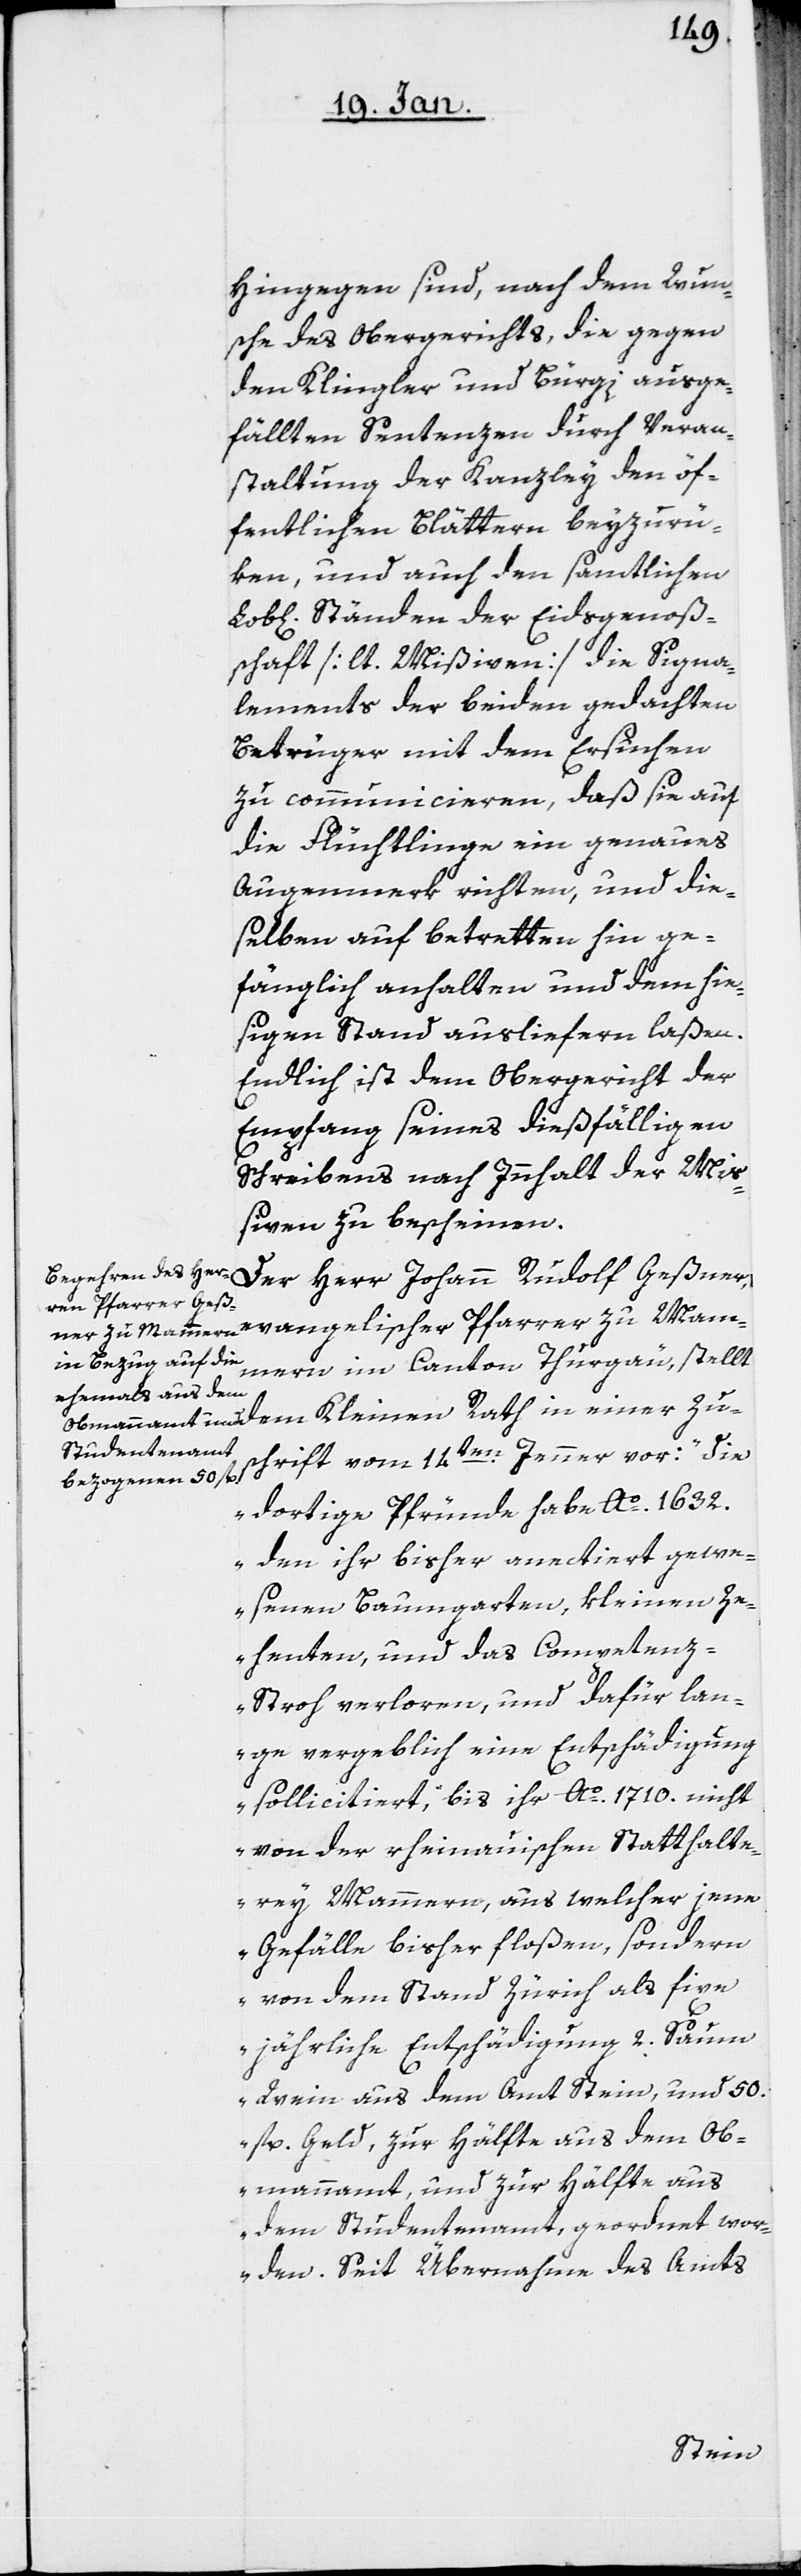
Hingegen sind, nach dem Wun¬
sche des Obergerichts, die gegen
den Klingler und Bürgi ausge¬
fällten Sentenzen durch Veran¬
staltung der Kanzley den öf¬
fentlichen Blättern beyzurü¬
ken, und auch den samtlichen
Ständen der Eidsgenoß¬
schaft [lt. Mißiven] die Signa¬
lements der beiden gedachten
Betrüger mit dem Ersuchen
zu communicieren, daß sie auf
die Flüchtlinge ein genaues
Augenmerk richten, und die¬
selben auf betretten hin ge¬
fänglich anhalten und dem hie¬
sigen Stand ausliefern laßen.
Endlich ist dem Obergericht der
Empfang seines dießfälligen
Schreibens nach Innhalt der Mi¬
ßiven zu bescheinen.
Der Herr Johann Rudolf Geßner,
evangelischer Pfarrer zu Mam¬
mern im Canton Thurgäu, stellt
Zuschrift vom 14ten. Jenner vor: „die
dortige Pfründe habe Ao. 1632.
den ihr bisher annectiert gewe¬
senen Baumgarten, kleinen Ze¬
henten, und das Competen¬
z-Stroh verloren, und dafür lan¬
ge vergeblich eine Entschädigung
sollicitiert, bis ihr Ao. 1710. nicht
von der rheinauischen Statthalte¬
rey Mammern, aus welcher jene
Gefälle bisher floßen, sondern
von dem Stand Zürich als fixe
jährliche Entschädigung 2. Saum
Wein aus dem Amt Stein, und 50.
fl. Geld, zur Hälfte aus dem Ob¬
mannamt, und zur Hälfte aus
dem Studentenamt, geordnet wor¬
den. Seit Übernahme des Amts